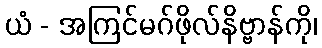
ယံ - အကြင်မဂ်ဖိုလ်နိဗ္ဗာန်ကို၊